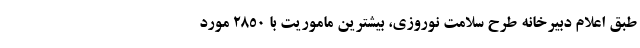
طبق اعلام دبیرخانه طرح سلامت نوروزی، بیشترین ماموریت با ۲۸۵۰ مورد